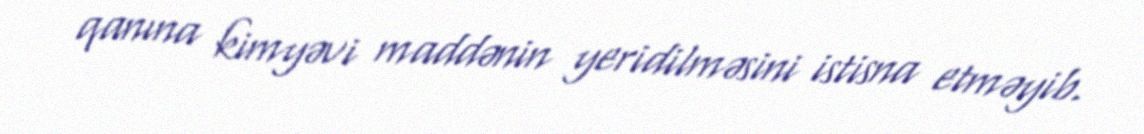
qanına kimyəvi maddənin yeridilməsini istisna etməyib.